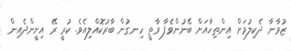
ޒުވާނާ ދެކިލުމަށް އިންތިހާއަށް ބޭނުންވެފާ ވާތީ ހިނގުން ބާރުކޮއްލިއެވެ. ކުރީ ރޭ އިށީންދެއިން